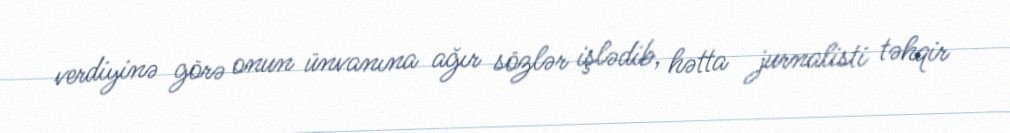
verdiyinə görə onun ünvanına ağır sözlər işlədib, hətta jurnalisti təhqir